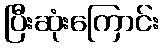
ပြီးဆုံးကြောင်း